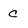
Character: c